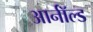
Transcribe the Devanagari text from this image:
आर्नाॅल्ड